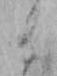
と